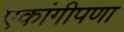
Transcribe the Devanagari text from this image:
एकांगीपणा